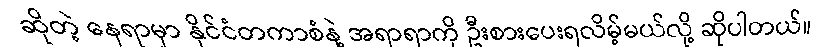
ဆိုတဲ့ နေရာမှာ နိုင်ငံတကာစံနဲ့ အရာရာကို ဦးစားပေးရလိမ့်မယ်လို့ ဆိုပါတယ်။